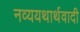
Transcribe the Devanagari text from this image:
नव्ययथार्थवादी